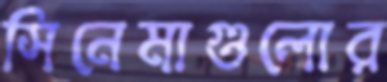
সিনেমাগুলোর